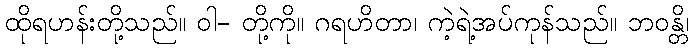
ထိုရဟန်းတို့သည်။ ဝါ- တို့ကို။ ဂရဟိတာ၊ ကဲ့ရဲ့အပ်ကုန်သည်။ ဘဝန္တိ၊